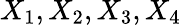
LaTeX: X_{1},X_{2},X_{3},X_{4}